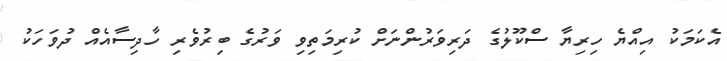
އެކަމަކު އިއްޔެ ހިރިޔާ ސްކޫލުގެ ދަރިވަރުންނަށް ކުރިމަތިވި ވަރުގެ ބިރުވެރި ހާދިސާއެއް ދުވަހަކު